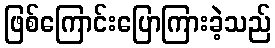
ဖြစ်ကြောင်းပြောကြားခဲ့သည်